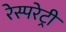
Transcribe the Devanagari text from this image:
रेस्परेट्री